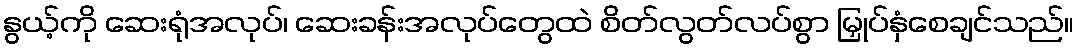
နွယ့်ကို ဆေးရုံအလုပ်၊ ဆေးခန်းအလုပ်တွေထဲ စိတ်လွတ်လပ်စွာ မြှုပ်နှံစေချင်သည်။